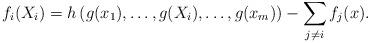
LaTeX: \begin{align*}f_i(X_i) & = h\left(g(x_1),\ldots, g(X_i), \ldots, g(x_m)\right) - \sum\limits_{j \neq i} f_j(x). \end{align*}